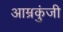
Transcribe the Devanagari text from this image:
आम्रकुंजी